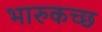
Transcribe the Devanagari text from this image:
भारुकच्छ